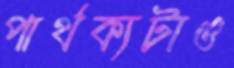
পার্থক্যটাও